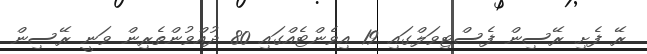
ރޭ ފެށި ރޭސިން ފެސްޓިވަލްގައި 19 އިވެންޓެއްގައި 80 ދުއްވުންތެރިން ވަނީ ރޭސިން